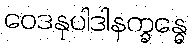
ဝေဒနုပါဒါနက္ခန္ဓေ